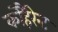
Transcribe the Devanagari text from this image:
कोहैरेन्ट